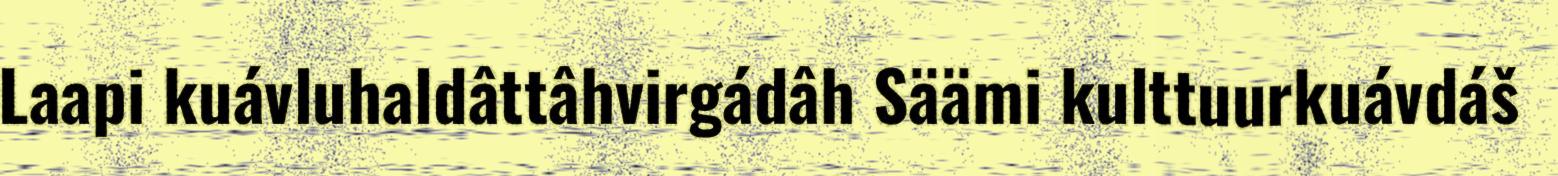
Laapi kuávluhaldâttâhvirgádâh Säämi kulttuurkuávdáš